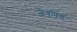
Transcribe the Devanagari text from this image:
जैवपिंड